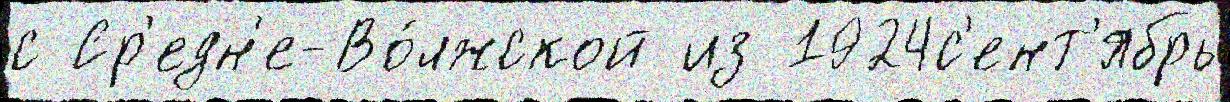
с Ср'едн'е-Во́лжской из 1924с'ент'ябрь